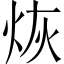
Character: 烣